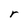
Character: r